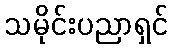
သမိုင်းပညာရှင်